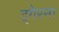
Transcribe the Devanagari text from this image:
इगेरना